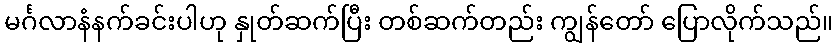
မင်္ဂလာနံနက်ခင်းပါဟု နှုတ်ဆက်ပြီး တစ်ဆက်တည်း ကျွန်တော် ပြောလိုက်သည်။